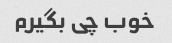
خوب چی بگیرم